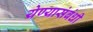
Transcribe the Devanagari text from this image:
येण्यासंबंधी